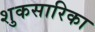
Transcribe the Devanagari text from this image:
शुकसारिका